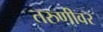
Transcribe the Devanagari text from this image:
तरुणीवर